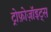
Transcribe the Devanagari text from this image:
ट्रोफ़ोज़ॉइट्स